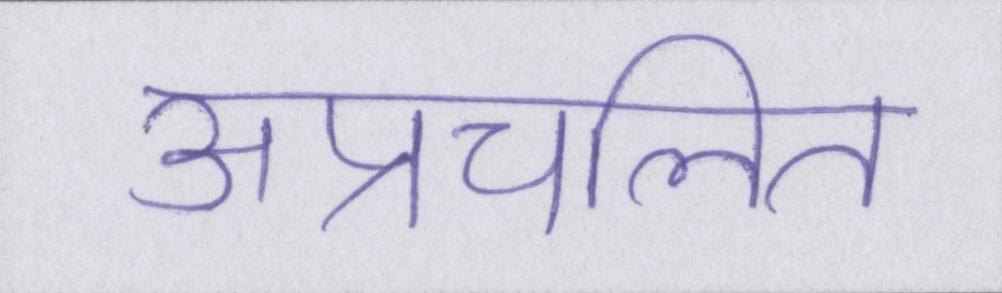
अप्रचलित